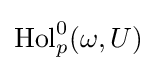
\operatorname {Hol} _{p}^{0}(\omega ,U)